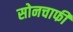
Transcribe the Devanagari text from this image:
सोनचाफी